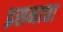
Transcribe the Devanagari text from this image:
इसमाचा